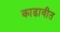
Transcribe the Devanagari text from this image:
काढावीत